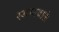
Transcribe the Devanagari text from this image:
स्थानवाले